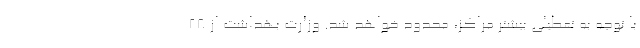
با توجه به تعطیلی بیشتر مراکز، محدود خواهد شد. وزارت بهداشت از ۲۸